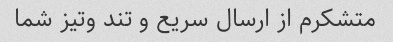
متشکرم از ارسال سریع و تند وتیز شما